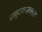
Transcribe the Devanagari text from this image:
समुदायपरामर्श